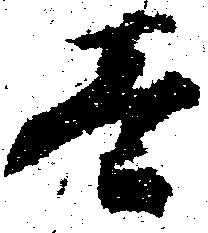
壱